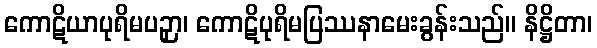
ကောဋိယာပုရိမပဉှာ၊ ကောဋိပုရိမပြဿနာမေးခွန်းသည်။ နိဋ္ဌိတာ၊